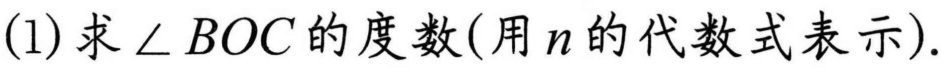
(1)求$\angle BOC$的度数(用$n$的代数式表示).